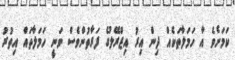
ކަމަށެވެ އާ ހަމަލާތަކެއް ދިން އިރު އިޒްރޭލުގެ ފަރާތުންވެސް ވަނީ ހަމަލާތައް އިތުރު